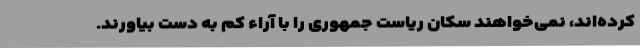
کرده‌اند، نمی‌خواهند سکان ریاست جمهوری را با آراء کم به دست بیاورند.